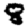
Digit: 8